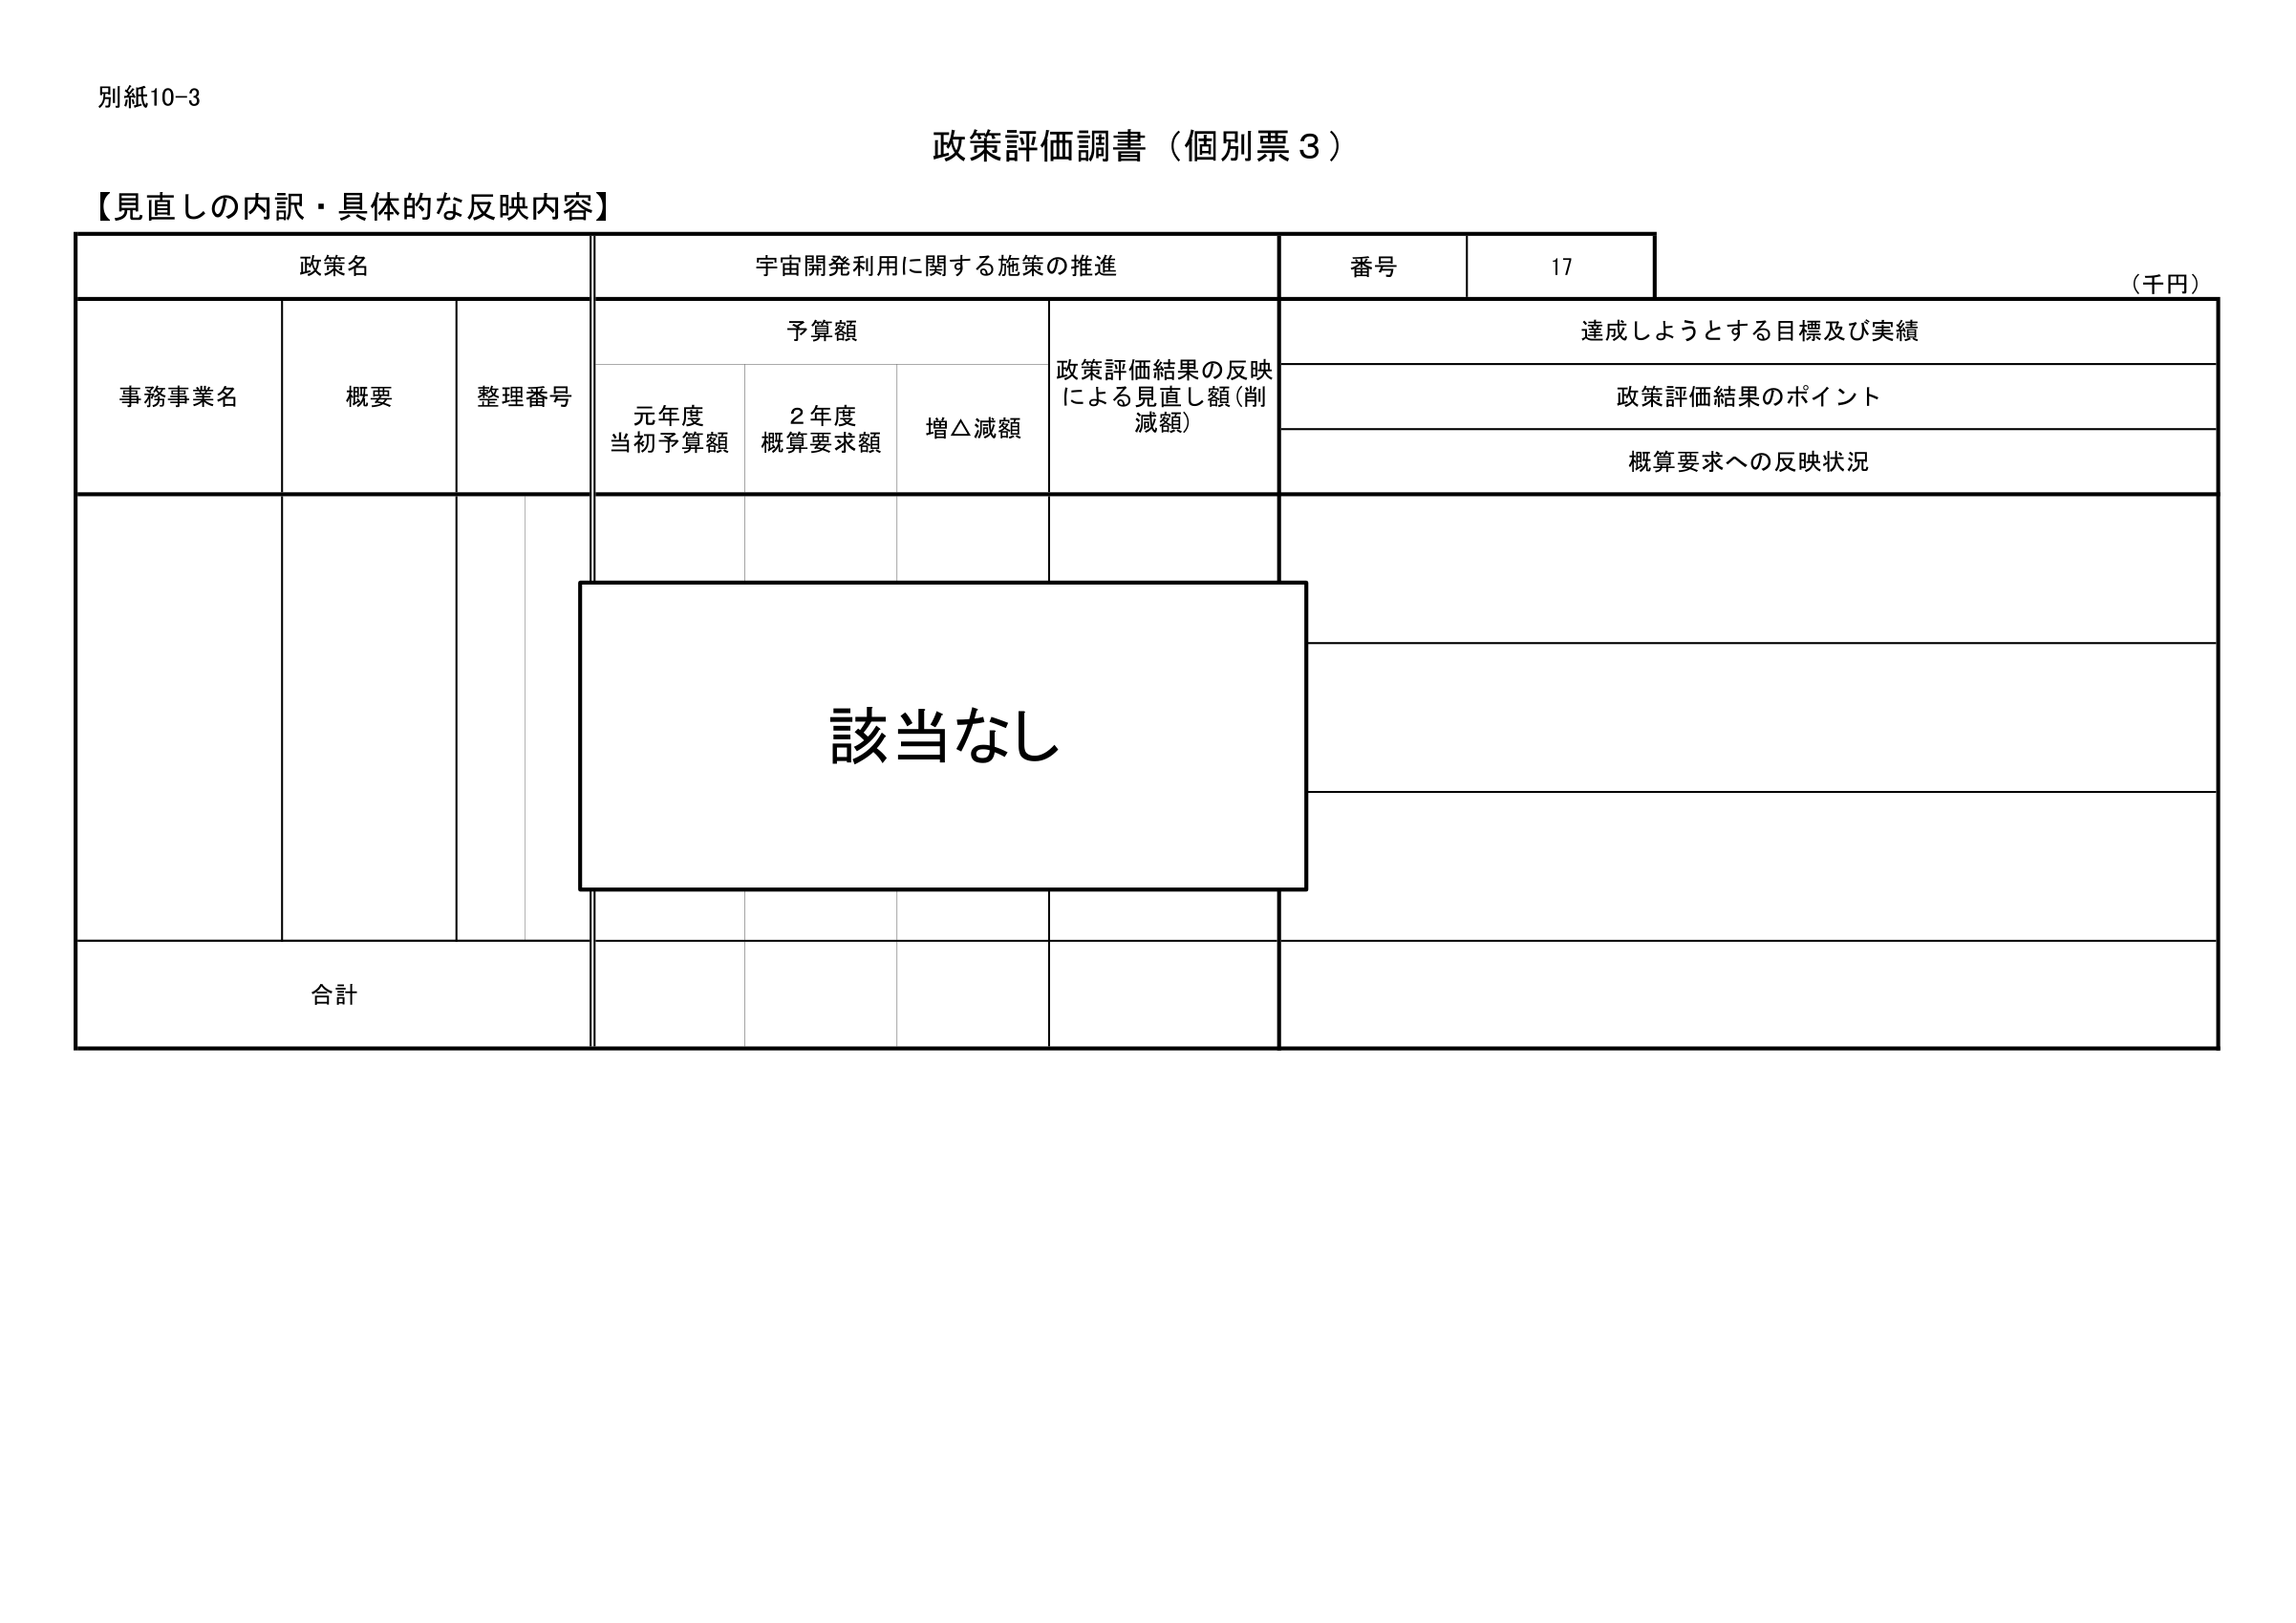
別紙10-3
政策評価調書（個別票3）
【見直しの内訳・具体的な反映内容】
政策名
宇宙開発利用に関する施策の推進
番号
17
（千円）
事務事業名
概要
整理番号
予算額
政策評価結果の反映による見直し額（削減額）
達成しようとする目標及び実績
元年度当初予算額
2年度概算要求額
増△減額
政策評価結果のポイント
概算要求への反映状況
該当なし
合計